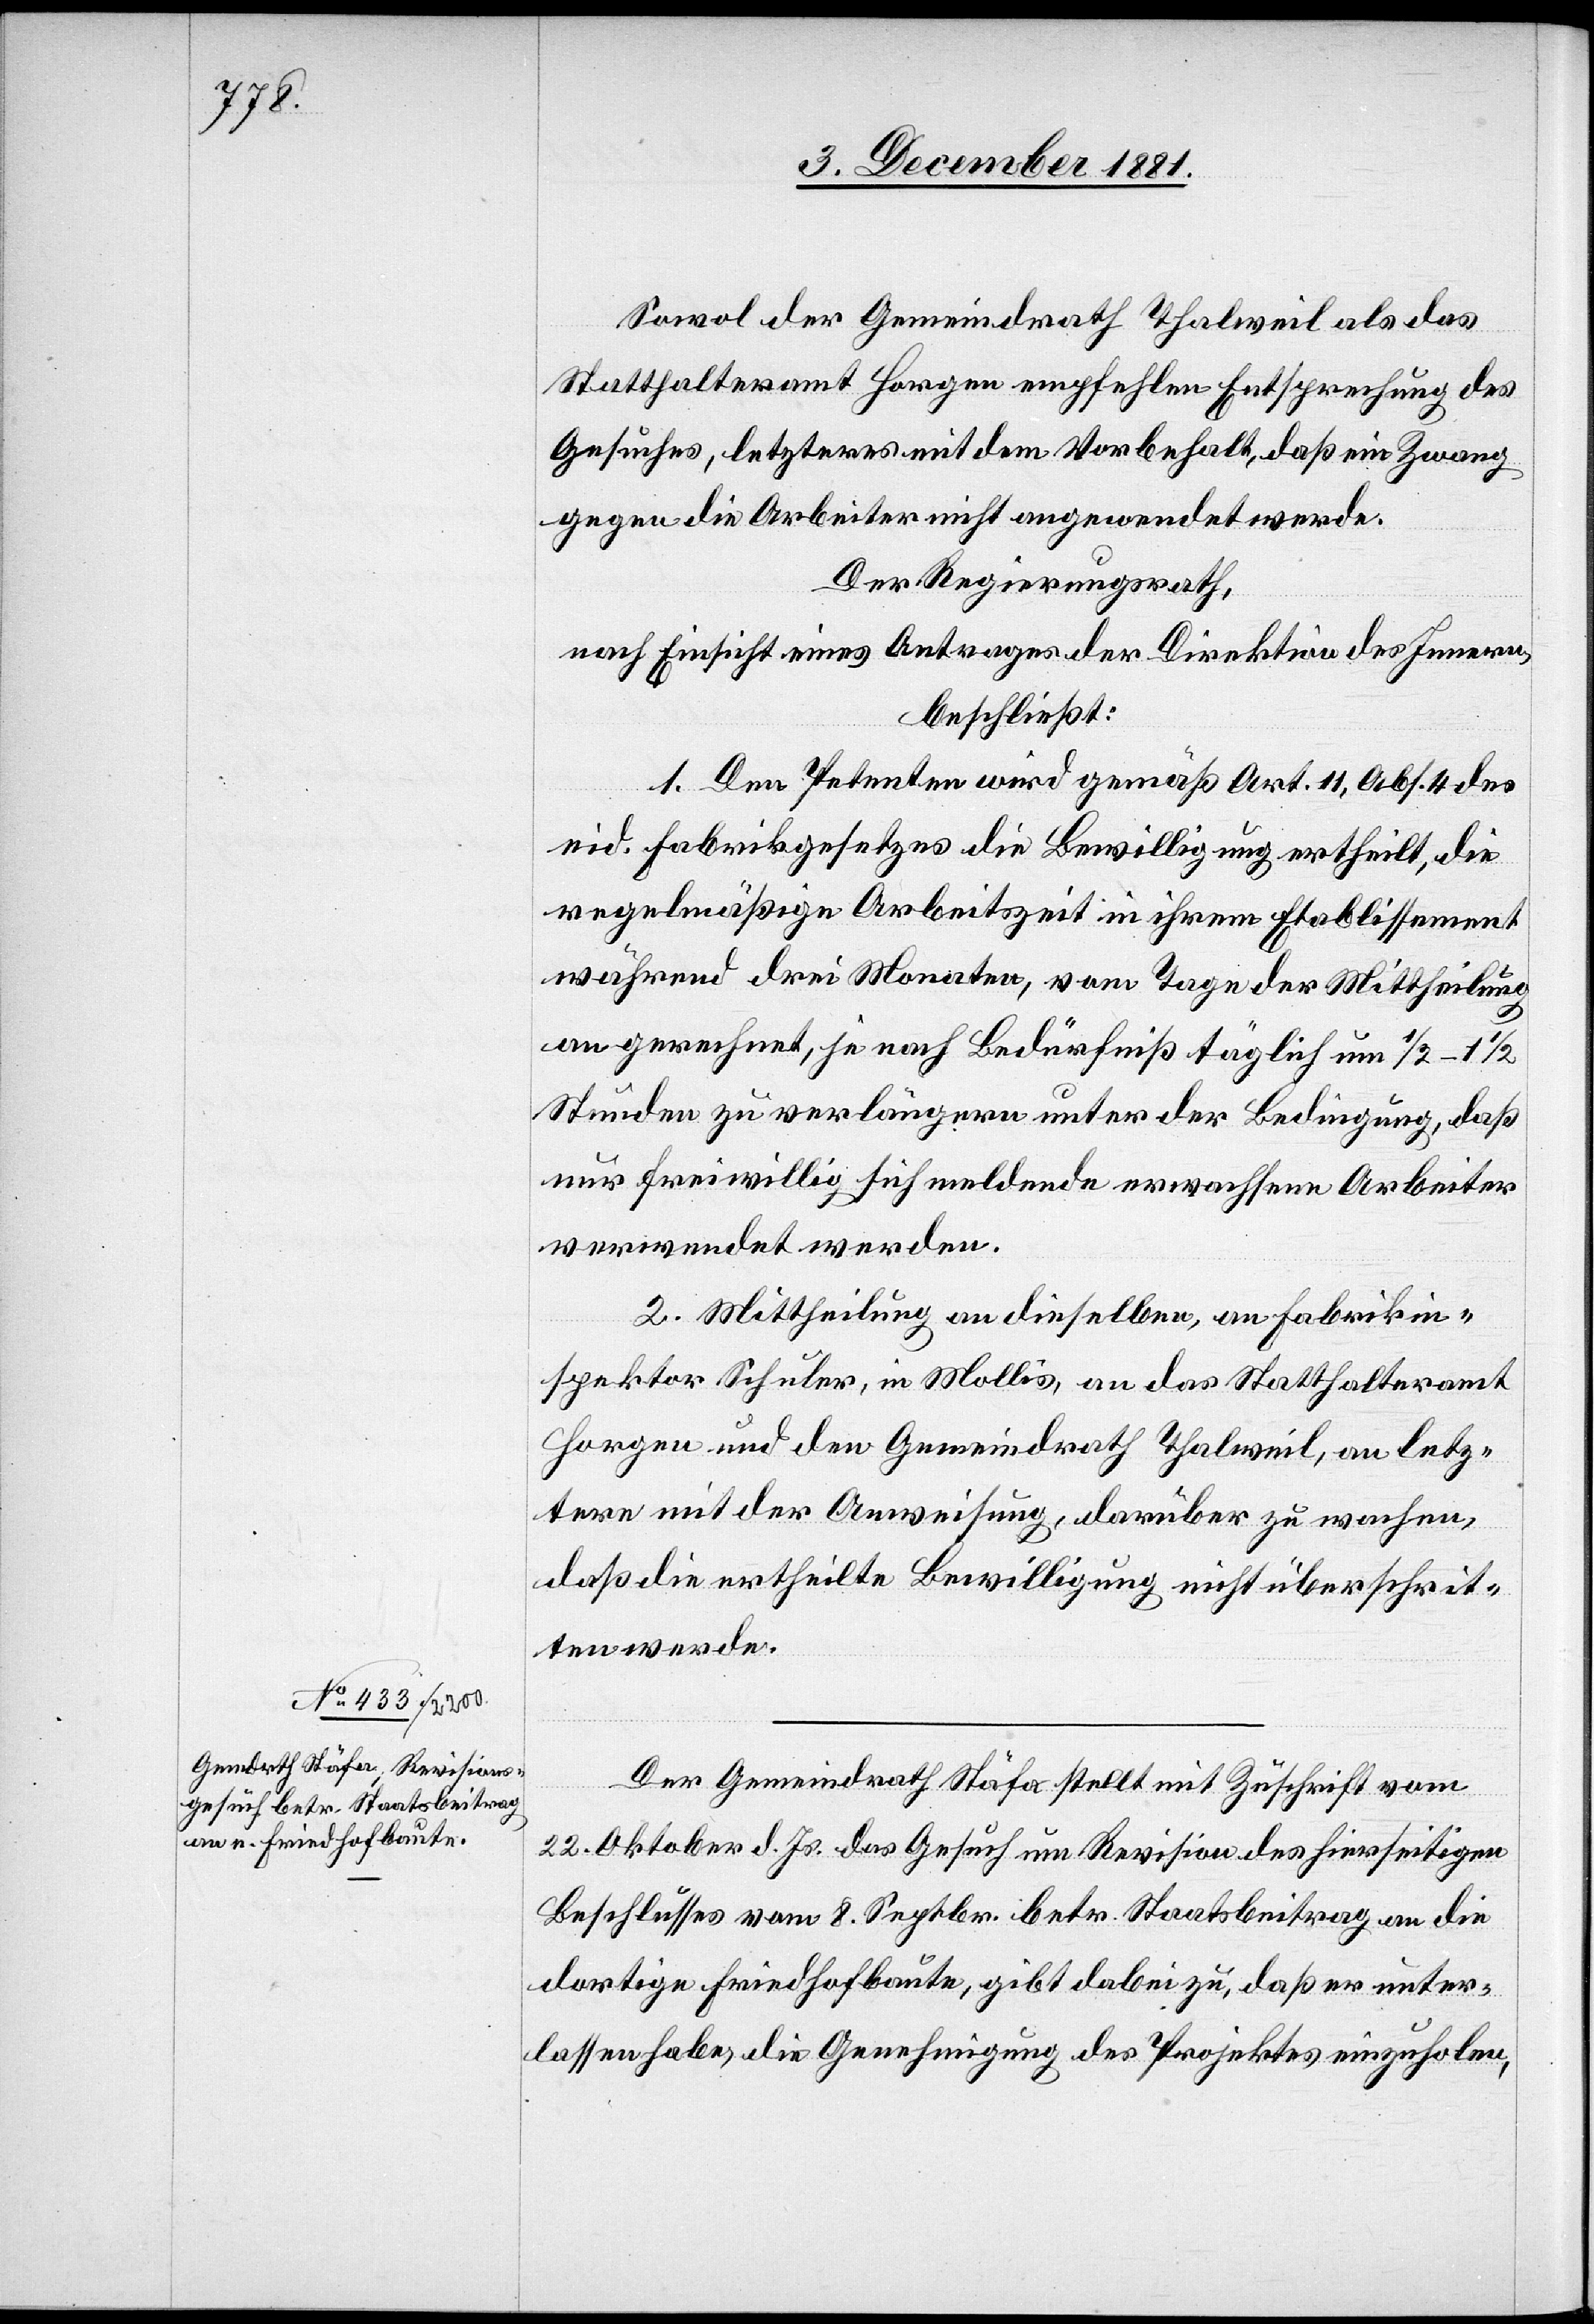
Sowol der Gemeindrath Thalweil als das
Statthalteramt Horgen empfehlen Entsprechung des
Gesuches, letzteres mit dem Vorbehalt, daß ein Zwang
gegen die Arbeiter nicht angewendet werde.
Der Regierungsrath,
nach Einsicht eines Antrages der Direktion des Innern,
beschließt:
1. Den Petenten wird gemäß Art. 11, Abs. 4 des
eid. Fabrikgesetzes die Bewilligung ertheilt, die
regelmäßige Arbeitszeit in ihrem Etablissement
während drei Monaten, vom Tage der Mittheilung
an gerechnet, je nach Bedürfniß täglich um 1/2–1
Stunden zu verlängern unter der Bedingung, daß
nur freiwillig sich meldende erwachsene Arbeiter
verwendet werden.
2. Mittheilung an dieselben, an Fabrikin¬
spektor Schuler, in Mollis, an das Statthalteramt
Horgen und an den Gemeindrath Thalweil, an letz¬
tere mit der Anweisung, darüber zu wachen,
daß die ertheilte Bewilligung nicht überschrit¬
ten werde.
Der Gemeindrath Stäfa stellt mit Zuschrift vom
22. Oktober d. Js. das Gesuch um Revision des hierseitigen
Beschlusses vom 8. Septbr. betr. Staatsbeitrag an die
dortige Friedhofbaute, gibt dabei zu, daß er unter¬
lassen habe, die Genehmigung des Projektes einzuholen,